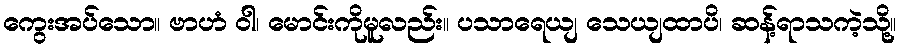
ကွေးအပ်သော။ ဗာဟံ ဝါ၊ မောင်းကိုမူလည်း။ ပသာရေယျ သေယျထာပိ၊ ဆန့်ရာသကဲ့သို့။